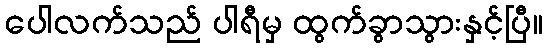
ပေါလက်သည် ပါရီမှ ထွက်ခွာသွားနှင့်ပြီ။